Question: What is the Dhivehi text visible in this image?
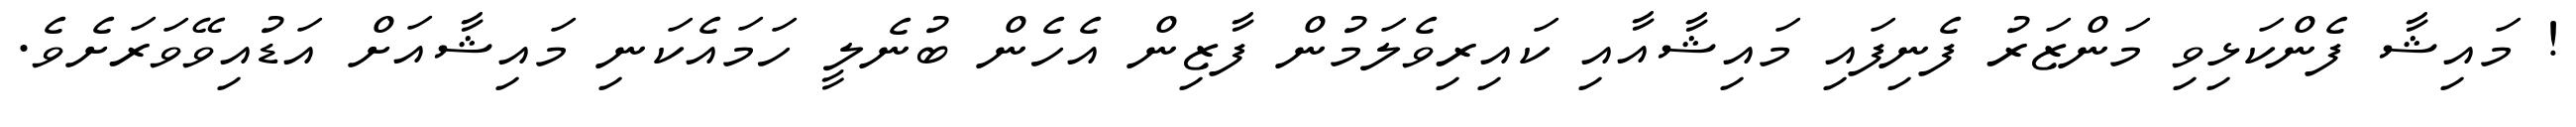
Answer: ! މައިޝާ ފެންކަޅިވި މަންޒަރު ފެނިފައި މައިޝާއާއި ކައިރިވެލަމުން ފާޒިން އެހެން ބުނެލީ ހަމައެކަނި މައިޝާއަށް އަޑުއިވޭވަރަށެވެ.